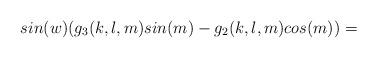
LaTeX: \begin{align*} sin(w)(g_3(k,l,m)sin(m)-g_2(k,l,m)cos(m))= \end{align*}